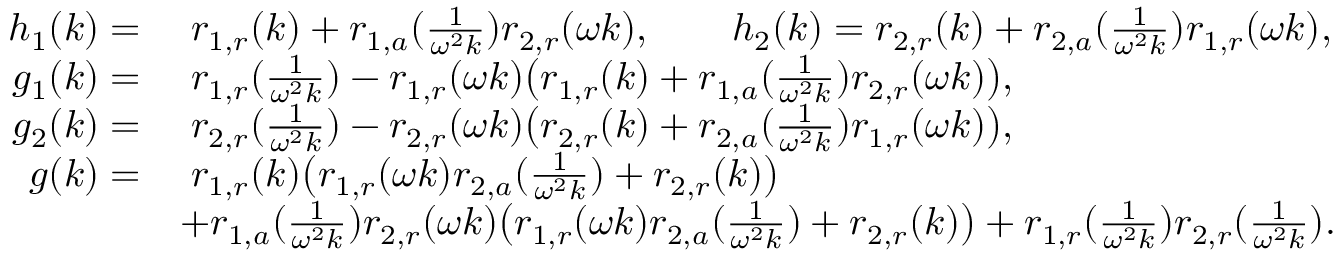
\begin{array} { r l } { h _ { 1 } ( k ) = } & { \; r _ { 1 , r } ( k ) + r _ { 1 , a } ( \frac { 1 } { \omega ^ { 2 } k } ) r _ { 2 , r } ( \omega k ) , \qquad h _ { 2 } ( k ) = r _ { 2 , r } ( k ) + r _ { 2 , a } ( \frac { 1 } { \omega ^ { 2 } k } ) r _ { 1 , r } ( \omega k ) , } \\ { g _ { 1 } ( k ) = } & { \; r _ { 1 , r } ( \frac { 1 } { \omega ^ { 2 } k } ) - r _ { 1 , r } ( \omega k ) \big ( r _ { 1 , r } ( k ) + r _ { 1 , a } ( \frac { 1 } { \omega ^ { 2 } k } ) r _ { 2 , r } ( \omega k ) \big ) , } \\ { g _ { 2 } ( k ) = } & { \; r _ { 2 , r } ( \frac { 1 } { \omega ^ { 2 } k } ) - r _ { 2 , r } ( \omega k ) \big ( r _ { 2 , r } ( k ) + r _ { 2 , a } ( \frac { 1 } { \omega ^ { 2 } k } ) r _ { 1 , r } ( \omega k ) \big ) , } \\ { g ( k ) = } & { \; r _ { 1 , r } ( k ) \big ( r _ { 1 , r } ( \omega k ) r _ { 2 , a } ( \frac { 1 } { \omega ^ { 2 } k } ) + r _ { 2 , r } ( k ) \big ) } \\ & { + r _ { 1 , a } ( \frac { 1 } { \omega ^ { 2 } k } ) r _ { 2 , r } ( \omega k ) \big ( r _ { 1 , r } ( \omega k ) r _ { 2 , a } ( \frac { 1 } { \omega ^ { 2 } k } ) + r _ { 2 , r } ( k ) \big ) + r _ { 1 , r } ( \frac { 1 } { \omega ^ { 2 } k } ) r _ { 2 , r } ( \frac { 1 } { \omega ^ { 2 } k } ) . } \end{array}